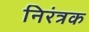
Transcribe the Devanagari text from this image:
निरंत्रक